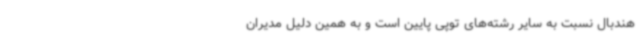
هندبال نسبت به سایر رشته‌های توپی پایین است و به همین دلیل مدیران